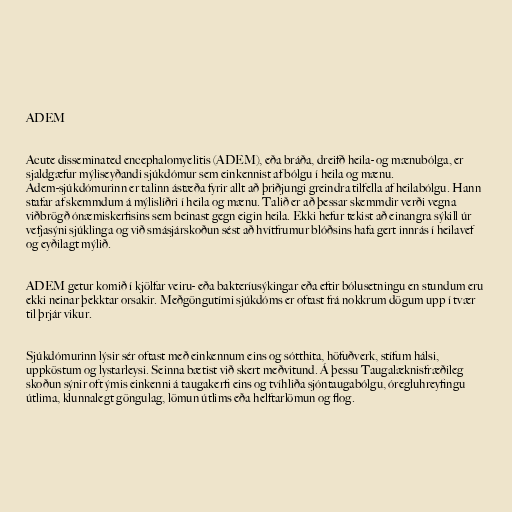
ADEM

Acute disseminated encephalomyelitis (ADEM), eða bráða, dreifð heila- og mænubólga, er
sjaldgæfur mýliseyðandi sjúkdómur sem einkennist af bólgu í heila og mænu.
Adem-sjúkdómurinn er talinn ástæða fyrir allt að þriðjungi greindra tilfella af heilabólgu. Hann
stafar af skemmdum á mýlislíðri í heila og mænu. Talið er að þessar skemmdir verði vegna
viðbrögð ónæmiskerfisins sem beinast gegn eigin heila. Ekki hefur tekist að einangra sýkill úr
vefjasýni sjúklinga og við smásjárskoðun sést að hvítfrumur blóðsins hafa gert innrás í heilavef
og eyðilagt mýlið.

ADEM getur komið í kjölfar veiru- eða bakteríusýkingar eða eftir bólusetningu en stundum eru
ekki neinar þekktar orsakir. Meðgöngutími sjúkdóms er oftast frá nokkrum dögum upp í tvær
til þrjár vikur.

Sjúkdómurinn lýsir sér oftast með einkennum eins og sótthita, höfuðverk, stífum hálsi,
uppköstum og lystarleysi. Seinna bætist við skert meðvitund. Á þessu Taugalæknisfræðileg
skoðun sýnir oft ýmis einkenni á taugakerfi eins og tvíhliða sjóntaugabólgu, óregluhreyfingu
útlima, klunnalegt göngulag, lömun útlims eða helftarlömun og flog.